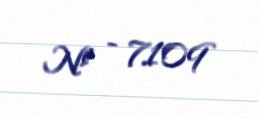
№ - 7109